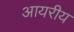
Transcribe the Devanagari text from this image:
आयरीय